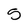
Character: 5